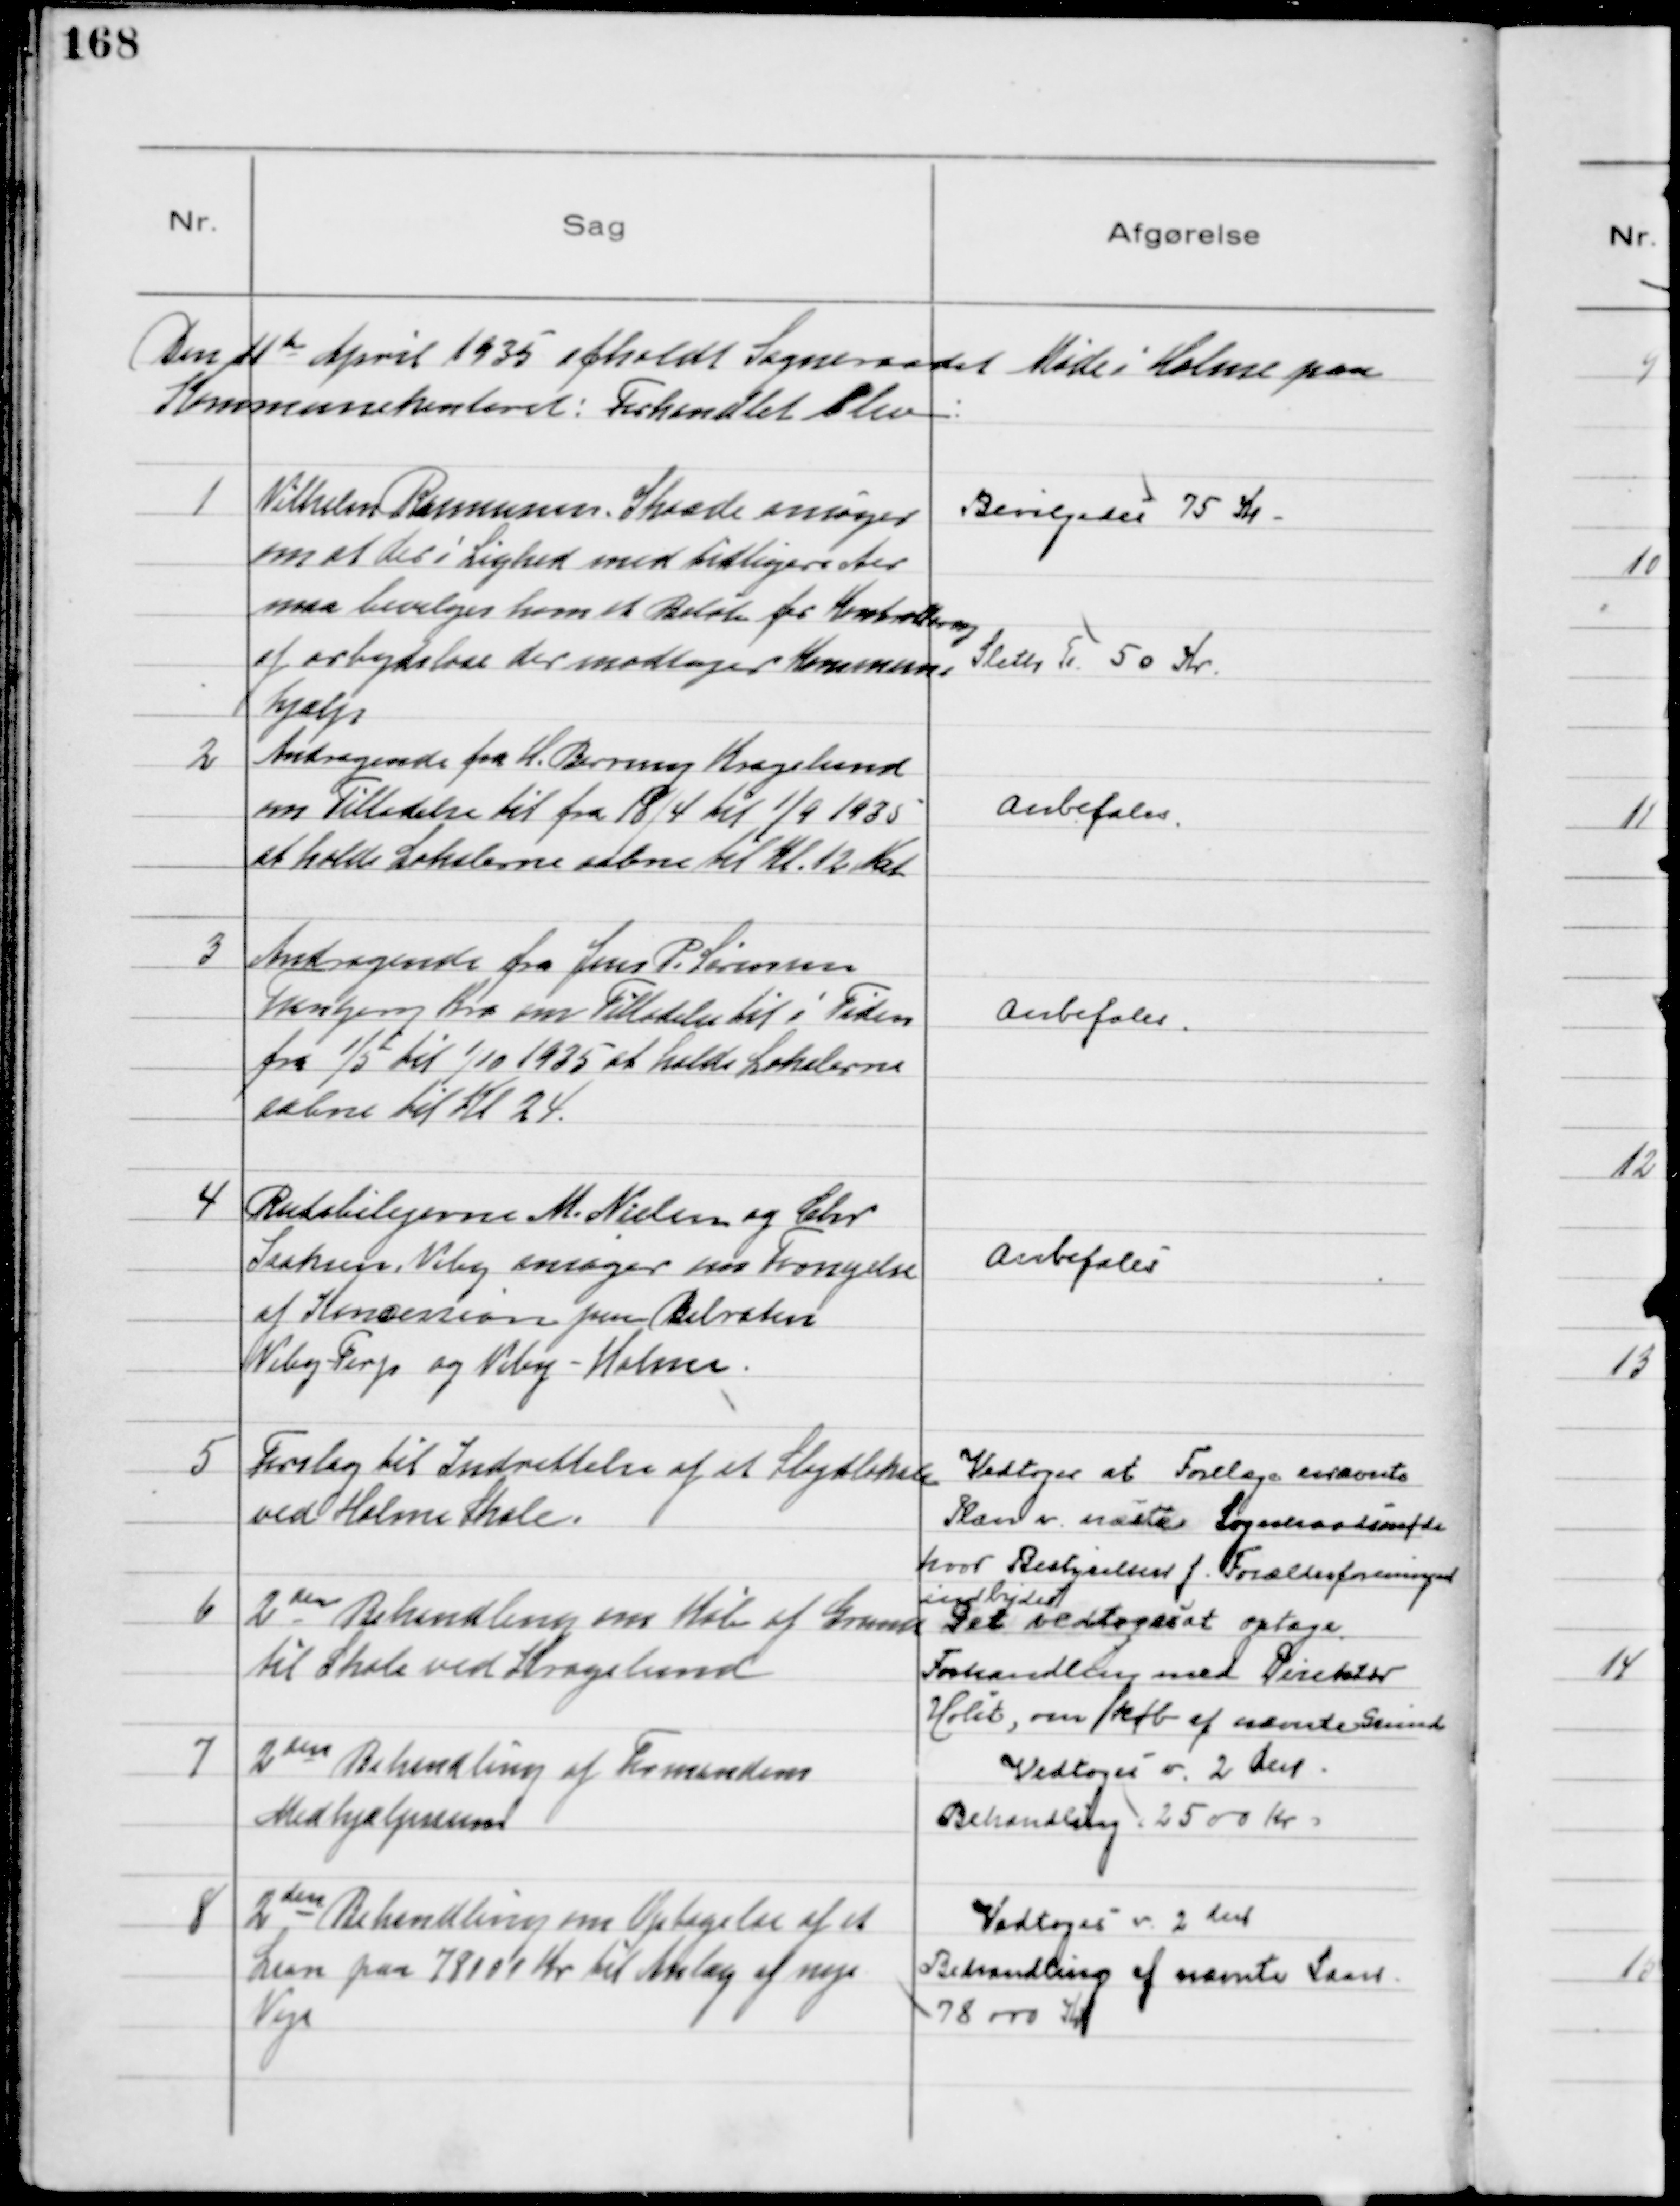
Transskription:
Den 11te April 1935 afholdt Sogneraadet Møde i Holme paa
Kommunekontoret: Forhandlet blev:

1
Vilhelm Rasmussen, Skaade ansøger
om at der i Lighed med tidligere Aar
maa bevilges ham et Beløb for Kontrollering
af arbejdsløse der modtager Kommune
hjælp
Bevilgedes 75 Kr.
Sleth Tr 50 Kr.

2
Andragende fra H. Berring Kragelund
om Tilladelse til fra 18/4 til 1/9 1935
at holde Lokalerne aabne til Kl. 12 Nat

Anbefales

3
Andragende fra Jens P. Sørensen
Tranbjerg Kro om Tilladelse til i Tiden
fra 1/5 til 1/10 1935 at holde Lokalerne
aabne til Kl 24.

Anbefales

4
Rutebilejerne M. Nielsen og Chr
Isaksen, Viby ansøger om Fornyelse
af Koncession paa Bilruten
Viby-Terp og Viby - Holme.

Anbefales

5
Forslag til Indrettelse af et Sløjtlokale
ved Holme Skole.
Vedtoges at Forelæge nævnte
Plan v. næste Sogneraadsmøde
hvor Bestyrelsen f. Forældreforeningen
indbydes
6
2den Behandling om Køb af Grund
til Skole ved Kragelund
Det vedtoges at optage
Forhandling med Direktør
Holst, om køb af nævnte Grund

7
2den Behandling af Formandens
Medhjælpssum

Vedtoges v. 2 den
Behandling (2500 Kr)

8
2den Behandling om Optagelse af et
Laan paa 78000 Kr til Anlæg af nye
Veje

Vedtoges v. 2den
Behandling af nævnte Laan
78000 Kr